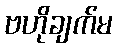
ဗဟိုချက်မ